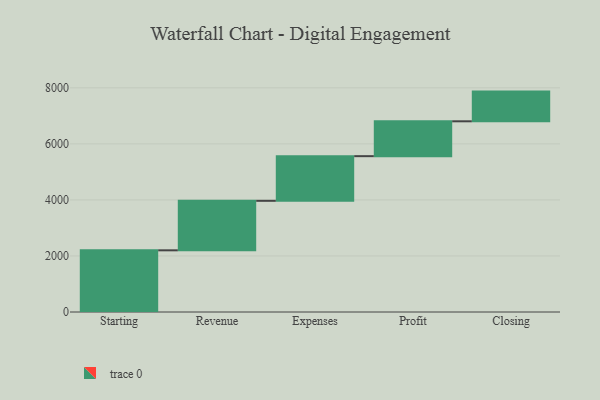
{"axis": {"x": "Step", "y": "Value"}, "legend": [""], "data": [{"x": "Starting", "y": 2201.0, "type": ""}, {"x": "Revenue", "y": 1767.0, "type": ""}, {"x": "Expenses", "y": 1593.0, "type": ""}, {"x": "Profit", "y": 1244.0, "type": ""}, {"x": "Closing", "y": 1060.0, "type": ""}]}